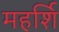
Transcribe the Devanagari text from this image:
महर्शि